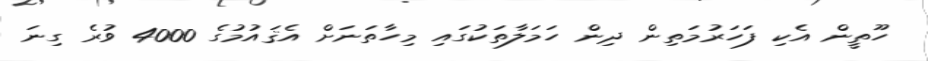
ހޫތީން އެކި ފަހަރުމަތިން ދިން ހަމަލާތަކުގައި މިހާތަނަށް އެޤައުމުގެ 4000 ވުރެ ގިނަ